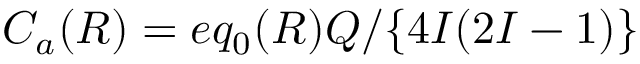
C _ { a } ( R ) = e q _ { 0 } ( R ) Q / \{ 4 I ( 2 I - 1 ) \}